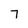
Character: 7